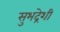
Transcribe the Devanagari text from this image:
सुभद्रेशी